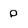
Character: P